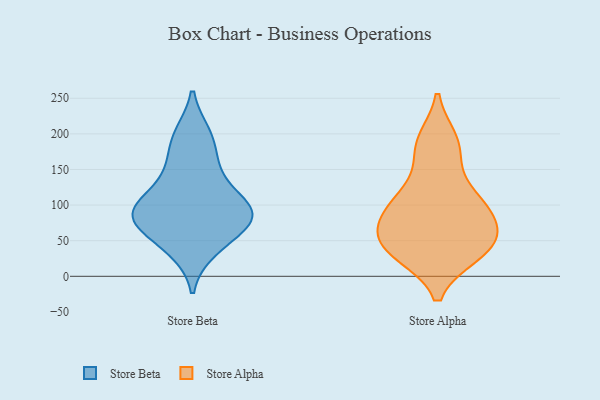
{"axis": {"x": "Bounce Rate (%)", "y": "Value"}, "legend": ["Store Alpha", "Store Beta"], "data": [{"x": "", "y": 72, "type": "Store Beta"}, {"x": "", "y": 38, "type": "Store Beta"}, {"x": "", "y": 84, "type": "Store Beta"}, {"x": "", "y": 198, "type": "Store Beta"}, {"x": "", "y": 102, "type": "Store Beta"}, {"x": "", "y": 48, "type": "Store Beta"}, {"x": "", "y": 150, "type": "Store Beta"}, {"x": "", "y": 98, "type": "Store Beta"}, {"x": "", "y": 90, "type": "Store Beta"}, {"x": "", "y": 91, "type": "Store Beta"}, {"x": "", "y": 143, "type": "Store Beta"}, {"x": "", "y": 82, "type": "Store Beta"}, {"x": "", "y": 192, "type": "Store Beta"}, {"x": "", "y": 187, "type": "Store Alpha"}, {"x": "", "y": 64, "type": "Store Alpha"}, {"x": "", "y": 125, "type": "Store Alpha"}, {"x": "", "y": 32, "type": "Store Alpha"}, {"x": "", "y": 99, "type": "Store Alpha"}, {"x": "", "y": 38, "type": "Store Alpha"}, {"x": "", "y": 98, "type": "Store Alpha"}, {"x": "", "y": 190, "type": "Store Alpha"}, {"x": "", "y": 71, "type": "Store Alpha"}, {"x": "", "y": 105, "type": "Store Alpha"}, {"x": "", "y": 39, "type": "Store Alpha"}, {"x": "", "y": 174, "type": "Store Alpha"}, {"x": "", "y": 45, "type": "Store Alpha"}, {"x": "", "y": 92, "type": "Store Alpha"}, {"x": "", "y": 32, "type": "Store Alpha"}, {"x": "", "y": 60, "type": "Store Alpha"}]}